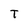
Character: T